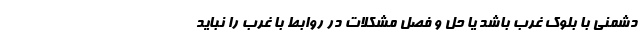
دشمنی با بلوک غرب باشد یا حل و فصل مشکلات در روابط با غرب را نباید